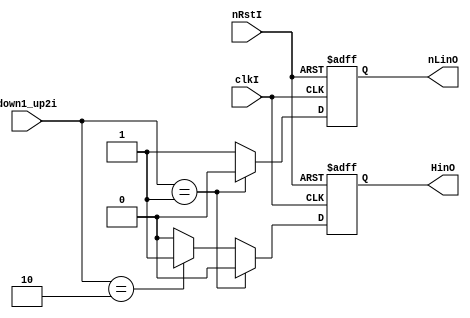
module motor3_irs2007s_driver(


    HinO            ,
    nLinO           ,

    down1_up2i      ,
    nRstI           ,
    clkI             
);

    output  reg                 HinO            ;		
    output  reg                 nLinO           ;		

    input   wire                clkI            ;		
    input   wire                nRstI           ;		

    input   wire[1:0]           down1_up2i      ;		

    always @ ( posedge clkI or negedge nRstI  ) begin
        if ( ! nRstI ) begin
            HinO            <= 1'b0 ;
            nLinO           <= 1'b1 ;
        end
        else begin
            HinO            <= 1'b0 ;
            nLinO           <= 1'b1 ;
            if ( down1_up2i == 2'd1 ) begin
                nLinO       <= 1'b0 ;
            end 
            else begin
                if ( down1_up2i == 2'd2 ) begin
                    HinO    <= 1'b1 ;
                end 
            end 
        end 
    end

endmodule